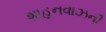
શાહનવાઝની